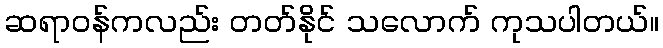
ဆရာဝန်ကလည်း တတ်နိုင် သလောက် ကုသပါတယ်။